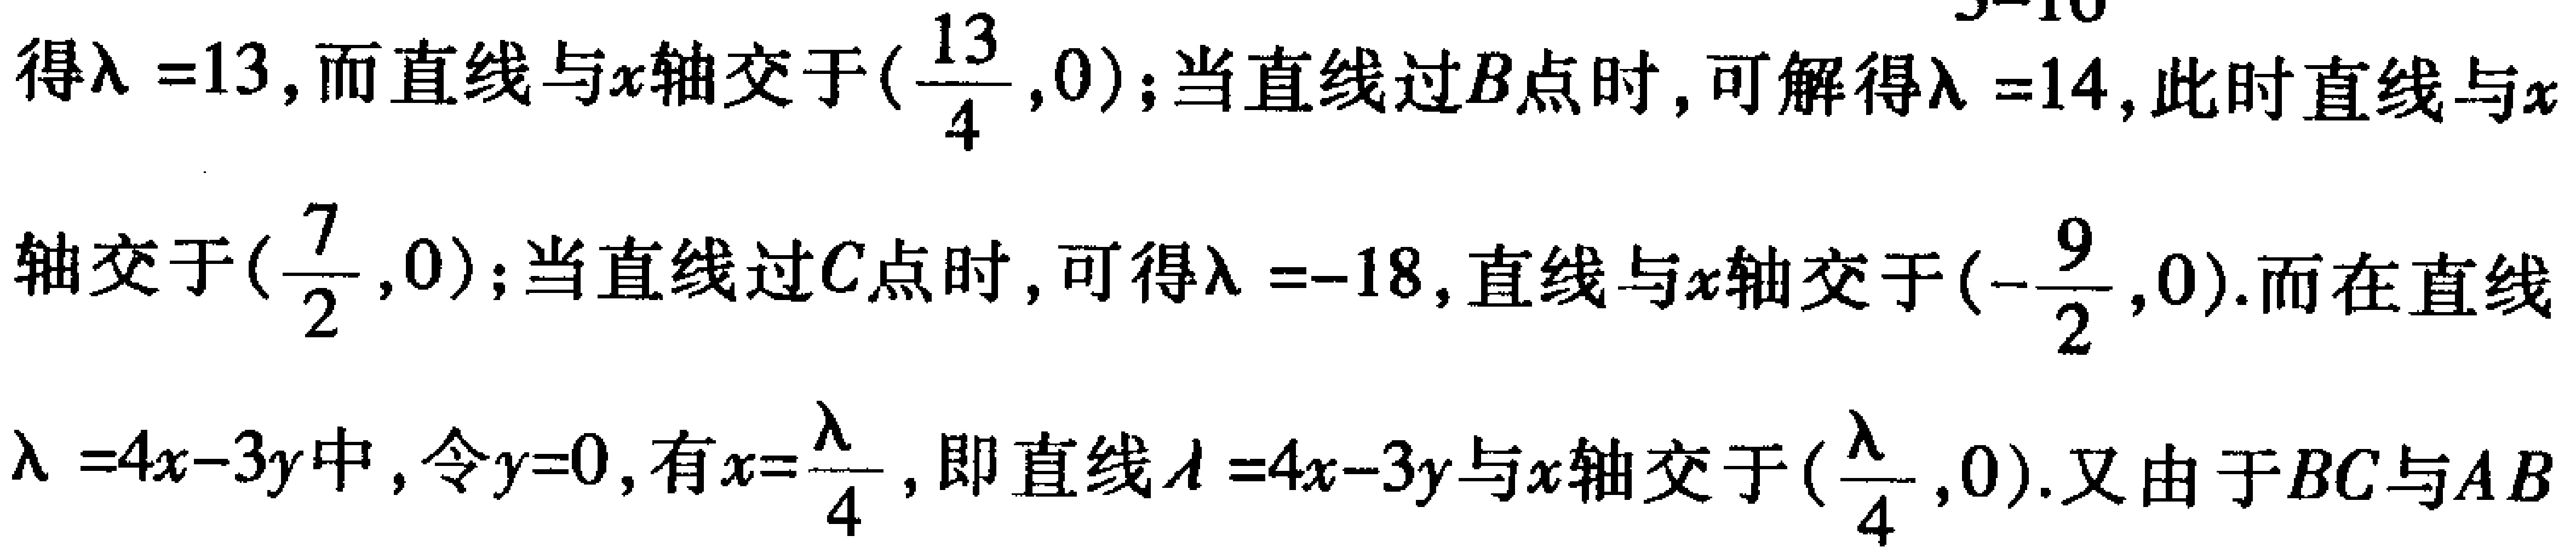
得$\lambda =13$,而直线与$x$轴交于$(\frac{13}{4},0)$;当直线过$B$点时,可解得$\lambda =14$,此时直线与$x$
轴交于$(\frac{7}{2},0)$;当直线过$C$点时,可得$\lambda = - 18$,直线与$x$轴交于$(-\frac{9}{2},0)$.而在直线
$\lambda =4x - 3y$中,令$y = 0$,有$x=\frac{\lambda}{4}$,即直线$\lambda =4x - 3y$与$x$轴交于$(\frac{\lambda}{4},0)$.又由于$BC$与$AB$